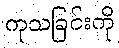
ကုသခြင်းကို